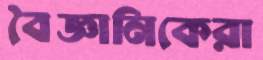
বৈজ্ঞানিকেরা